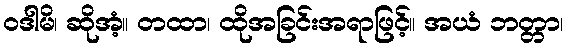
ဝဒါမိ၊ ဆိုအံ့။ တထာ၊ ထိုအခြင်းအရာဖြင့်။ အယံ ဘတ္တာ၊